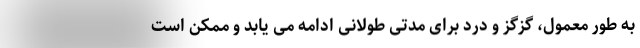
به طور معمول، گزگز و درد برای مدتی طولانی ادامه می یابد و ممکن است